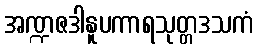
အဏ္ဍဇဒါနူပကာရသုတ္တဒသကံ